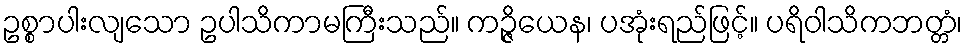
ဥစ္စာပါးလျသော ဥပါသိကာမကြီးသည်။ ကဉ္ဇိယေန၊ ပအုံးရည်ဖြင့်။ ပရိဝါသိကဘတ္တံ၊